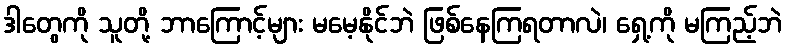
ဒါတွေကို သူတို့ ဘာကြောင့်များ မမေ့နိုင်ဘဲ ဖြစ်နေကြရတာလဲ၊ ရှေ့ကို မကြည့်ဘဲ